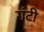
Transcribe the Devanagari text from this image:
गंटी